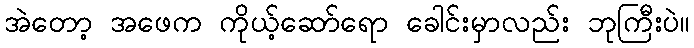
အဲတော့ အဖေက ကိုယ့်ဆော်ရော ခေါင်းမှာလည်း ဘုကြီးပဲ။